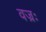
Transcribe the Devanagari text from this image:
वज्रः